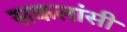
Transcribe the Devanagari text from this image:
सकलांसी